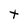
Character: t